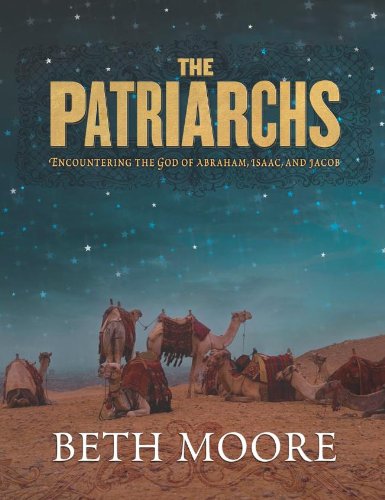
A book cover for The Patriarchs (Bible Study Book): Encountering the God of Abraham, Isaac and Jacob; Beth Moore; Christian Books & Bibles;